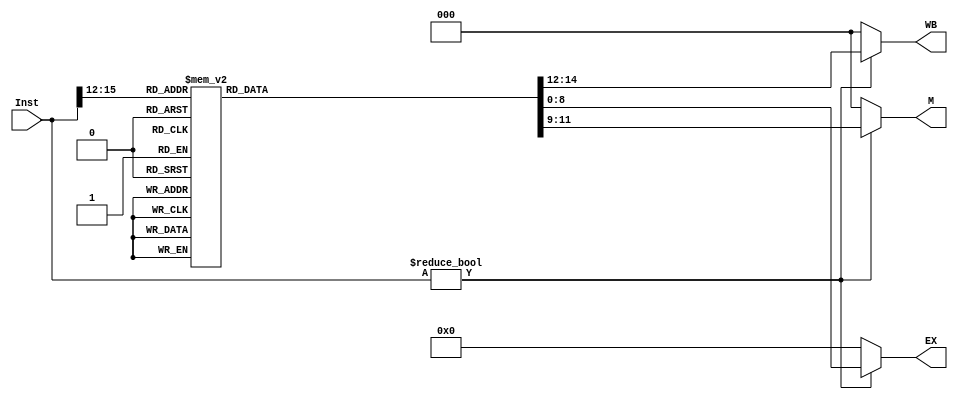
module decoder_controler(Inst, WB, M,EX);
input [15:0] Inst;//
output [8:0] EX;
output [2:0] M;
output [2:0] WB;
reg [8:0] EX;
reg [2:0] M;
reg [2:0] WB;
wire [3:0] opcode;
parameter ADD=4'b0000,ADI=4'b0001,NAND=4'b0010,LHI=4'b0011,LW=4'b0100,SW=4'b0101, 
          LM=4'b0110,SM=4'b0111,BEQ=4'b1100,JAL=4'b1000,JLR=4'b1001  ;
assign opcode = Inst[15:12];


always @ (opcode,Inst)
begin
if(Inst!= 16'd0)

 case (opcode)
    ADD: begin
	    EX = 9'b001110010;
		 M=3'b000;
		 WB=3'b101; 
		 end
	 ADI: begin
	    EX=9'b011110000;
		 M=3'b000;
		 WB=3'b101;
		 end
	 NAND: begin
	    EX=9'b001010110;
		 M=3'b000;
		 WB=3'b101;
		 end
	 LHI: begin
	    EX=9'b100000000;  // Rd =RA
		 M=3'b000;
		 WB=3'b111;
		 end
	 LW: begin
	    EX=9'b100000000;
		 M=3'b010;
		 WB=3'b001;
		 end
	 SW: begin
	    EX=9'b000000000; // 11 may change to 00
		 M=3'b001;
		 WB=3'b000;
		 end
	 
    BEQ: begin
	   EX=9'b001001010 ;
		M=3'b000 ;
		WB=3'b000 ;
		end
	 JAL: begin
	   EX=9'b100000000 ;
		M=3'b000 ;
		WB=3'b011 ;
		end
	 JLR: begin
	   EX=9'b100000000 ;
		M=3'b000 ;
		WB= 3'b011;
		end
	 LM : begin
	   EX=9'b110000000;
		M=110;
		WB=001;
		end
	 default: begin
	    EX=9'b000000000;
		 M=3'b000;
 		 WB=3'b000;
		 end
	endcase
	
else 
 begin
 EX=9'b000000000;
		 M=3'b000;
 		 WB=3'b000; end
 
end
endmodule